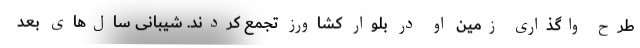
طرح واگذاری زمین او در بلوار کشاورز تجمع کردند. شیبانی سال‌های بعد